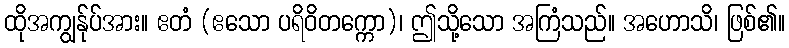
ထိုအကျွန်ုပ်အား။ ဧတံ (ဧသော ပရိဝိတက္ကော)၊ ဤသို့သော အကြံသည်။ အဟောသိ၊ ဖြစ်၏။